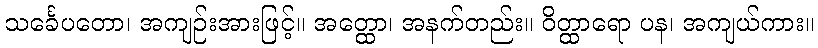
သင်္ခေပတော၊ အကျဉ်းအားဖြင့်။ အတ္ထော၊ အနက်တည်း။ ဝိတ္ထာရော ပန၊ အကျယ်ကား။